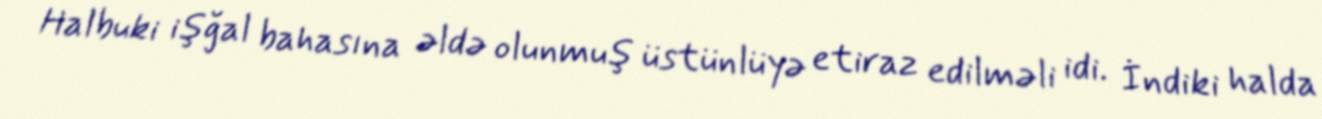
Halbuki işğal bahasına əldə olunmuş üstünlüyə etiraz edilməli idi. İndiki halda